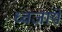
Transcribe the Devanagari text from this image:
ध्वजायें